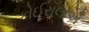
કોઈરાલાએ